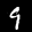
Label: 9